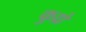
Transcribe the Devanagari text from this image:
कुध्रे